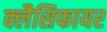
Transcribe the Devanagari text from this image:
क्लैसिफायर